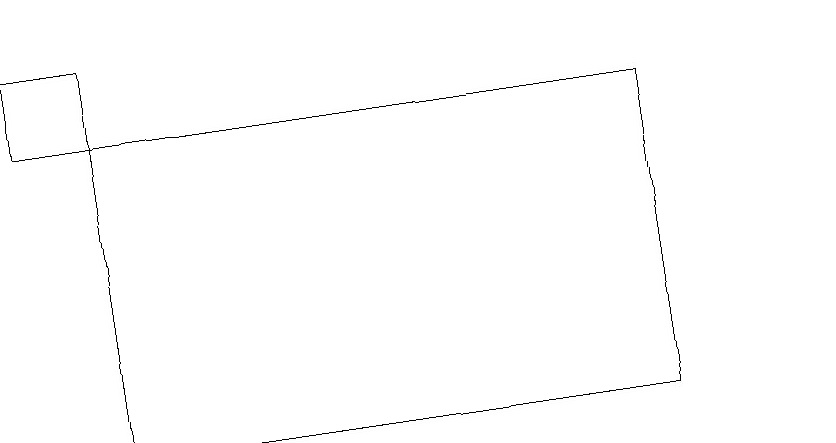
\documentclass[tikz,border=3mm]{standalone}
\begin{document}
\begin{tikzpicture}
\draw (1,15) rectangle (0,14);
\draw (10,10) circle (0);
\draw (8,14) rectangle (1,10);
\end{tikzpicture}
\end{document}